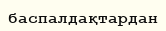
баспалдақтардан